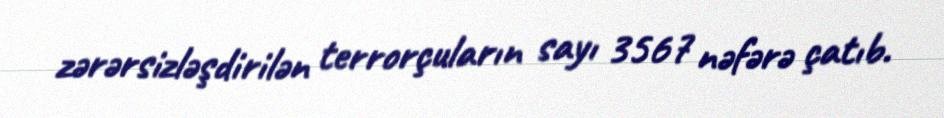
zərərsizləşdirilən terrorçuların sayı 3567 nəfərə çatıb.